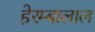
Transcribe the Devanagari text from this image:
हेरम्बालाल